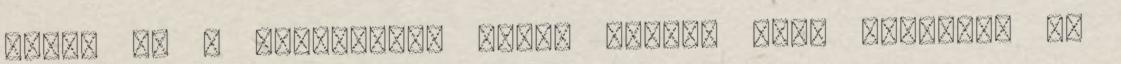
Azért ez a fajtánkkal kissé hosszú idő. Feleltem és